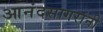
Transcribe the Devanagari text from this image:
आनंदसागरांनी